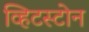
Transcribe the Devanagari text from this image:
व्हिटस्टोन